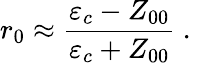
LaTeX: r_{0}\approx\frac{\varepsilon_{c}-Z_{00}}{\varepsilon_{c}+Z_{00}}\mathrm{~.~}